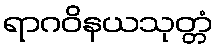
ရာဂဝိနယသုတ္တံ